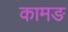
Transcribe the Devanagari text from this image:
कामङ